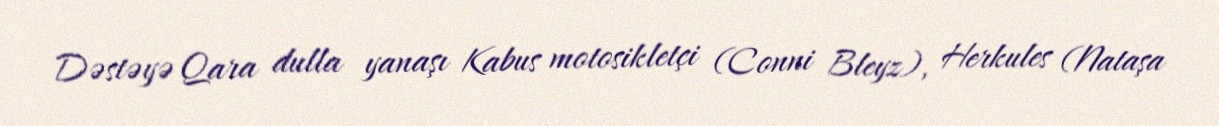
Dəstəyə Qara dulla yanaşı Kabus motosikletçi (Conni Bleyz), Herkules (Nataşa